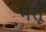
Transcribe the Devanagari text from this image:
मत्तू